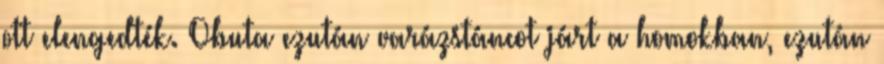
ott elengedték. Obuta ezután varázstáncot járt a homokban, ezután